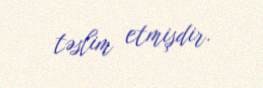
təslim etmişdir.